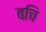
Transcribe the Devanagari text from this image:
बचि